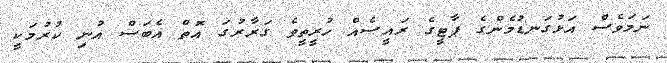
ނަމަވެސް އަޅުގަނޑުމެންގެ ޕާޓީގެ ރައީސެއް ހުރީތީވެ ގަރާރުގަ އޮތް އެބަސް އުނި ކުރުމަކީ